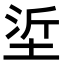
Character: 垽